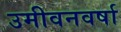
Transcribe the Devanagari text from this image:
उमीवनवर्षा